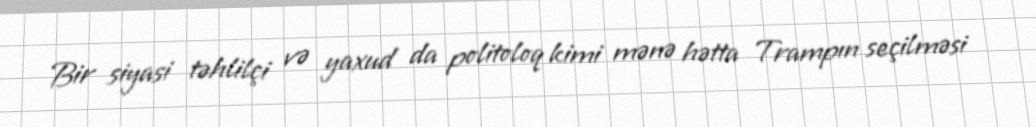
Bir siyasi təhlilçi və yaxud da politoloq kimi mənə hətta Trampın seçilməsi